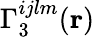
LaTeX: \Gamma_{3}^{ijlm}(\textbf{r})